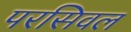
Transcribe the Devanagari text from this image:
परसिवल